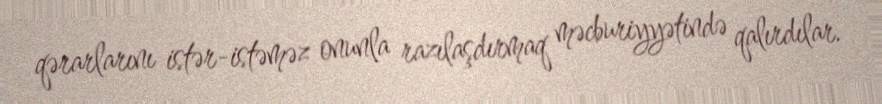
qərarlarını istər-istəməz onunla razılaşdırmaq məcburiyyətində qalırdılar.